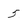
Character: 5